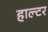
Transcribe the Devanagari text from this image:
हाल्टर